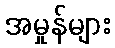
အမှုန်များ